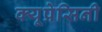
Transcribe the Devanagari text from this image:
क्यूप्रेसिनी